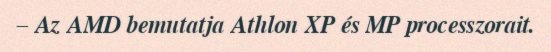
– Az AMD bemutatja Athlon XP és MP processzorait.